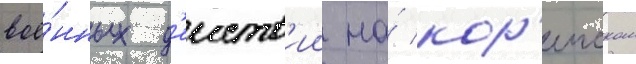
вое́нных д'еиств'ии на́ кор'еиском